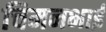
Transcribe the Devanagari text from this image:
चिमनभाई